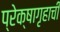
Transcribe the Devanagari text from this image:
प्रेक्षागृहाची